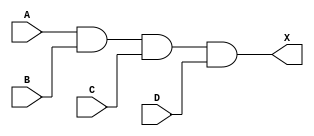
/*
 * Copyright 2020 The SkyWater PDK Authors
 *
 * Licensed under the Apache License, Version 2.0 (the "License");
 * you may not use this file except in compliance with the License.
 * You may obtain a copy of the License at
 *
 *     https://www.apache.org/licenses/LICENSE-2.0
 *
 * Unless required by applicable law or agreed to in writing, software
 * distributed under the License is distributed on an "AS IS" BASIS,
 * WITHOUT WARRANTIES OR CONDITIONS OF ANY KIND, either express or implied.
 * See the License for the specific language governing permissions and
 * limitations under the License.
 *
 * SPDX-License-Identifier: Apache-2.0
*/


`ifndef SKY130_FD_SC_HDLL__AND4_FUNCTIONAL_V
`define SKY130_FD_SC_HDLL__AND4_FUNCTIONAL_V

/**
 * and4: 4-input AND.
 *
 * Verilog simulation functional model.
 */

`timescale 1ns / 1ps
`default_nettype none

`celldefine
module sky130_fd_sc_hdll__and4 (
    X,
    A,
    B,
    C,
    D
);

    // Module ports
    output X;
    input  A;
    input  B;
    input  C;
    input  D;

    // Local signals
    wire and0_out_X;

    //  Name  Output      Other arguments
    and and0 (and0_out_X, A, B, C, D     );
    buf buf0 (X         , and0_out_X     );

endmodule
`endcelldefine

`default_nettype wire
`endif  // SKY130_FD_SC_HDLL__AND4_FUNCTIONAL_V